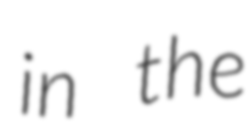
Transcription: in the